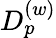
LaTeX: D_{p}^{(w)}